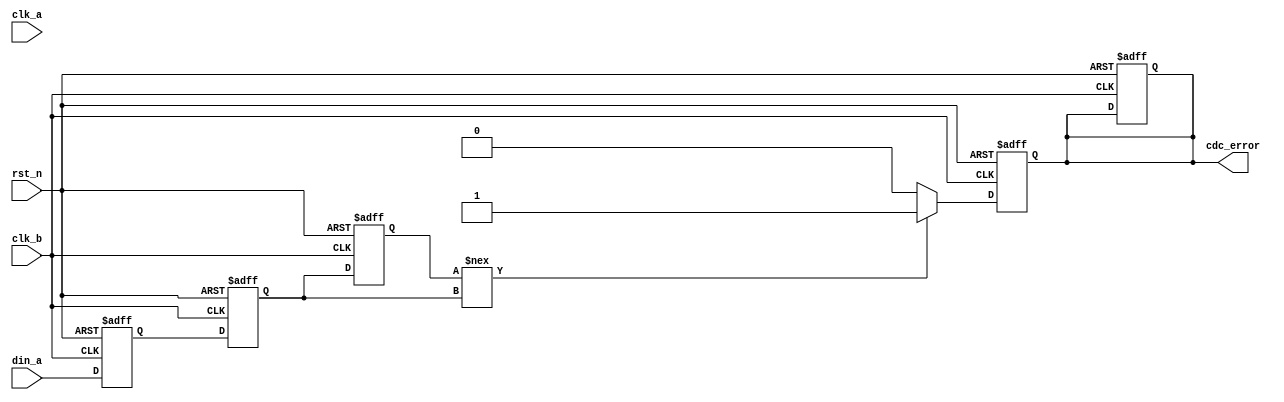
module cdc_detector #(
    parameter WIDTH = 1 // Width of the input signal
)(
    input wire clk_a,         // Clock domain A
    input wire clk_b,         // Clock domain B
    input wire rst_n,         // Asynchronous active-low reset
    input wire [WIDTH-1:0] din_a, // Input signal from clock domain A
    output reg cdc_error      // CDC error flag
);

    reg [WIDTH-1:0] sync_ff1; // First stage synchronization flip-flop
    reg [WIDTH-1:0] sync_ff2; // Second stage synchronization flip-flop
    reg [WIDTH-1:0] din_a_reg; // Registered input signal from clk_a

    // Synchronization process in clk_b domain
    always @(posedge clk_b or negedge rst_n) begin
        if (!rst_n) begin
            sync_ff1 <= 0;
            sync_ff2 <= 0;
            din_a_reg <= 0;
            cdc_error <= 0;
        end else begin
            // Sample input signal from clk_a
            din_a_reg <= din_a;
            // First stage synchronization
            sync_ff1 <= din_a_reg;
            // Second stage synchronization
            sync_ff2 <= sync_ff1;
        end
    end

    // Error detection logic
    always @(posedge clk_b or negedge rst_n) begin
        if (!rst_n) begin
            cdc_error <= 0;
        end else begin
            // Detect changes in the synchronized signal
            if (sync_ff2 !== sync_ff1) begin
                cdc_error <= 1; // Set error flag if a change is detected
            end else begin
                cdc_error <= 0; // Clear error flag if no change
            end
        end
    end

endmodule